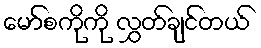
မော်စကိုကို လွှတ်ချင်တယ်